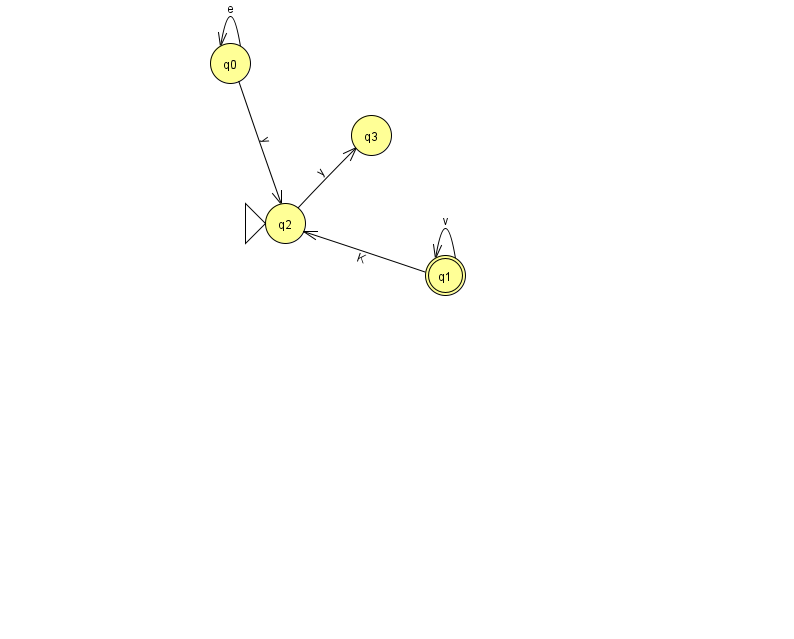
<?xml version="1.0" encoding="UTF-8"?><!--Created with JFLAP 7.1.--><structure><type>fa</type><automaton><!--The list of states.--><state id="0" name="q0"><x>230.0</x><y>50.0</y></state><state id="1" name="q1"><x>445.0</x><y>262.0</y><final/></state><state id="2" name="q2"><x>285.0</x><y>210.0</y><initial/></state><state id="3" name="q3"><x>371.0</x><y>122.0</y></state><!--The list of transitions.--><transition><from>0</from><to>2</to><read>y</read></transition><transition><from>0</from><to>0</to><read>e</read></transition><transition><from>1</from><to>1</to><read>v</read></transition><transition><from>1</from><to>2</to><read>K</read></transition><transition><from>2</from><to>3</to><read>y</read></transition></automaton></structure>